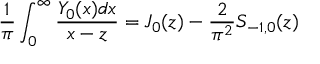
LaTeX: \frac { 1 } { \pi } \int _ { 0 } ^ { \infty } \frac { Y _ { 0 } ( x ) d x } { x - z } = J _ { 0 } ( z ) - \frac { 2 } { \pi ^ { 2 } } S _ { - 1 , 0 } ( z )